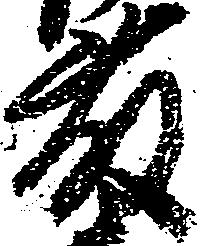
藤